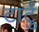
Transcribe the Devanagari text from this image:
टार्टु